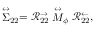
\stackrel { \leftrightarrow } { \Sigma } _ { 2 2 } = \mathcal { R } _ { 2 2 } ^ { \rightarrow } \stackrel { \leftrightarrow } { M } _ { \phi } \mathcal { R } _ { 2 2 } ^ { \leftarrow } ,